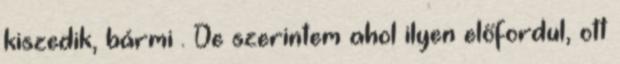
kiszedik, bármi . De szerintem ahol ilyen előfordul, ott